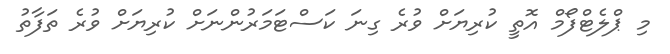
މި ޕްލެޓްފޯމް އޮތީ ކުރިޔަށް ވުރެ ގިނަ ކަސްޓަމަރުންނަށް ކުރިޔަށް ވުރެ ތަފާތު